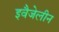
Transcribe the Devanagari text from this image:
इवैजेलीन